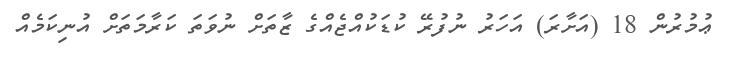
ޢުމުރުން 18 (އަށާރަ) އަހަރު ނުފުރޭ ކުޑަކުއްޖެއްގެ ޒާތަށް ނުވަތަ ކަރާމަތަށް އުނިކަމެއް